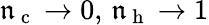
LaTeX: \mathfrak{n}_{\mathrm{{~c~}}}\to0,\, \mathfrak{n}_{\mathrm{{~h~}}}\to1